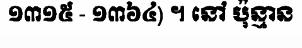
១៣១៥ - ១៣៦៤) ។ នៅ ប៉ុន្មាន